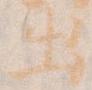
出